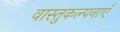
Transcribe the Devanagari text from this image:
वास्तुकल्पनाएँ